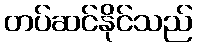
တပ်ဆင်နိုင်သည်